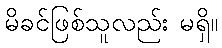
မိခင်ဖြစ်သူလည်း မရှိ။